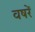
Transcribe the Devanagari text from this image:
वषरें